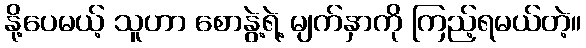
နို့ပေမယ့် သူဟာ စောနွဲ့ရဲ့ မျက်နှာကို ကြည့်ရမယ်တဲ့။